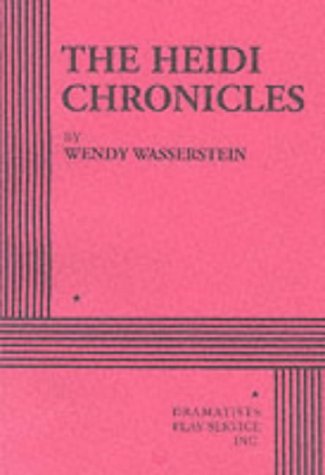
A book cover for The Heidi Chronicles.; Wendy Wasserstein; Literature & Fiction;